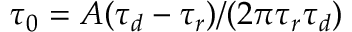
\tau _ { 0 } = A ( \tau _ { d } - \tau _ { r } ) / ( 2 \pi \tau _ { r } \tau _ { d } )